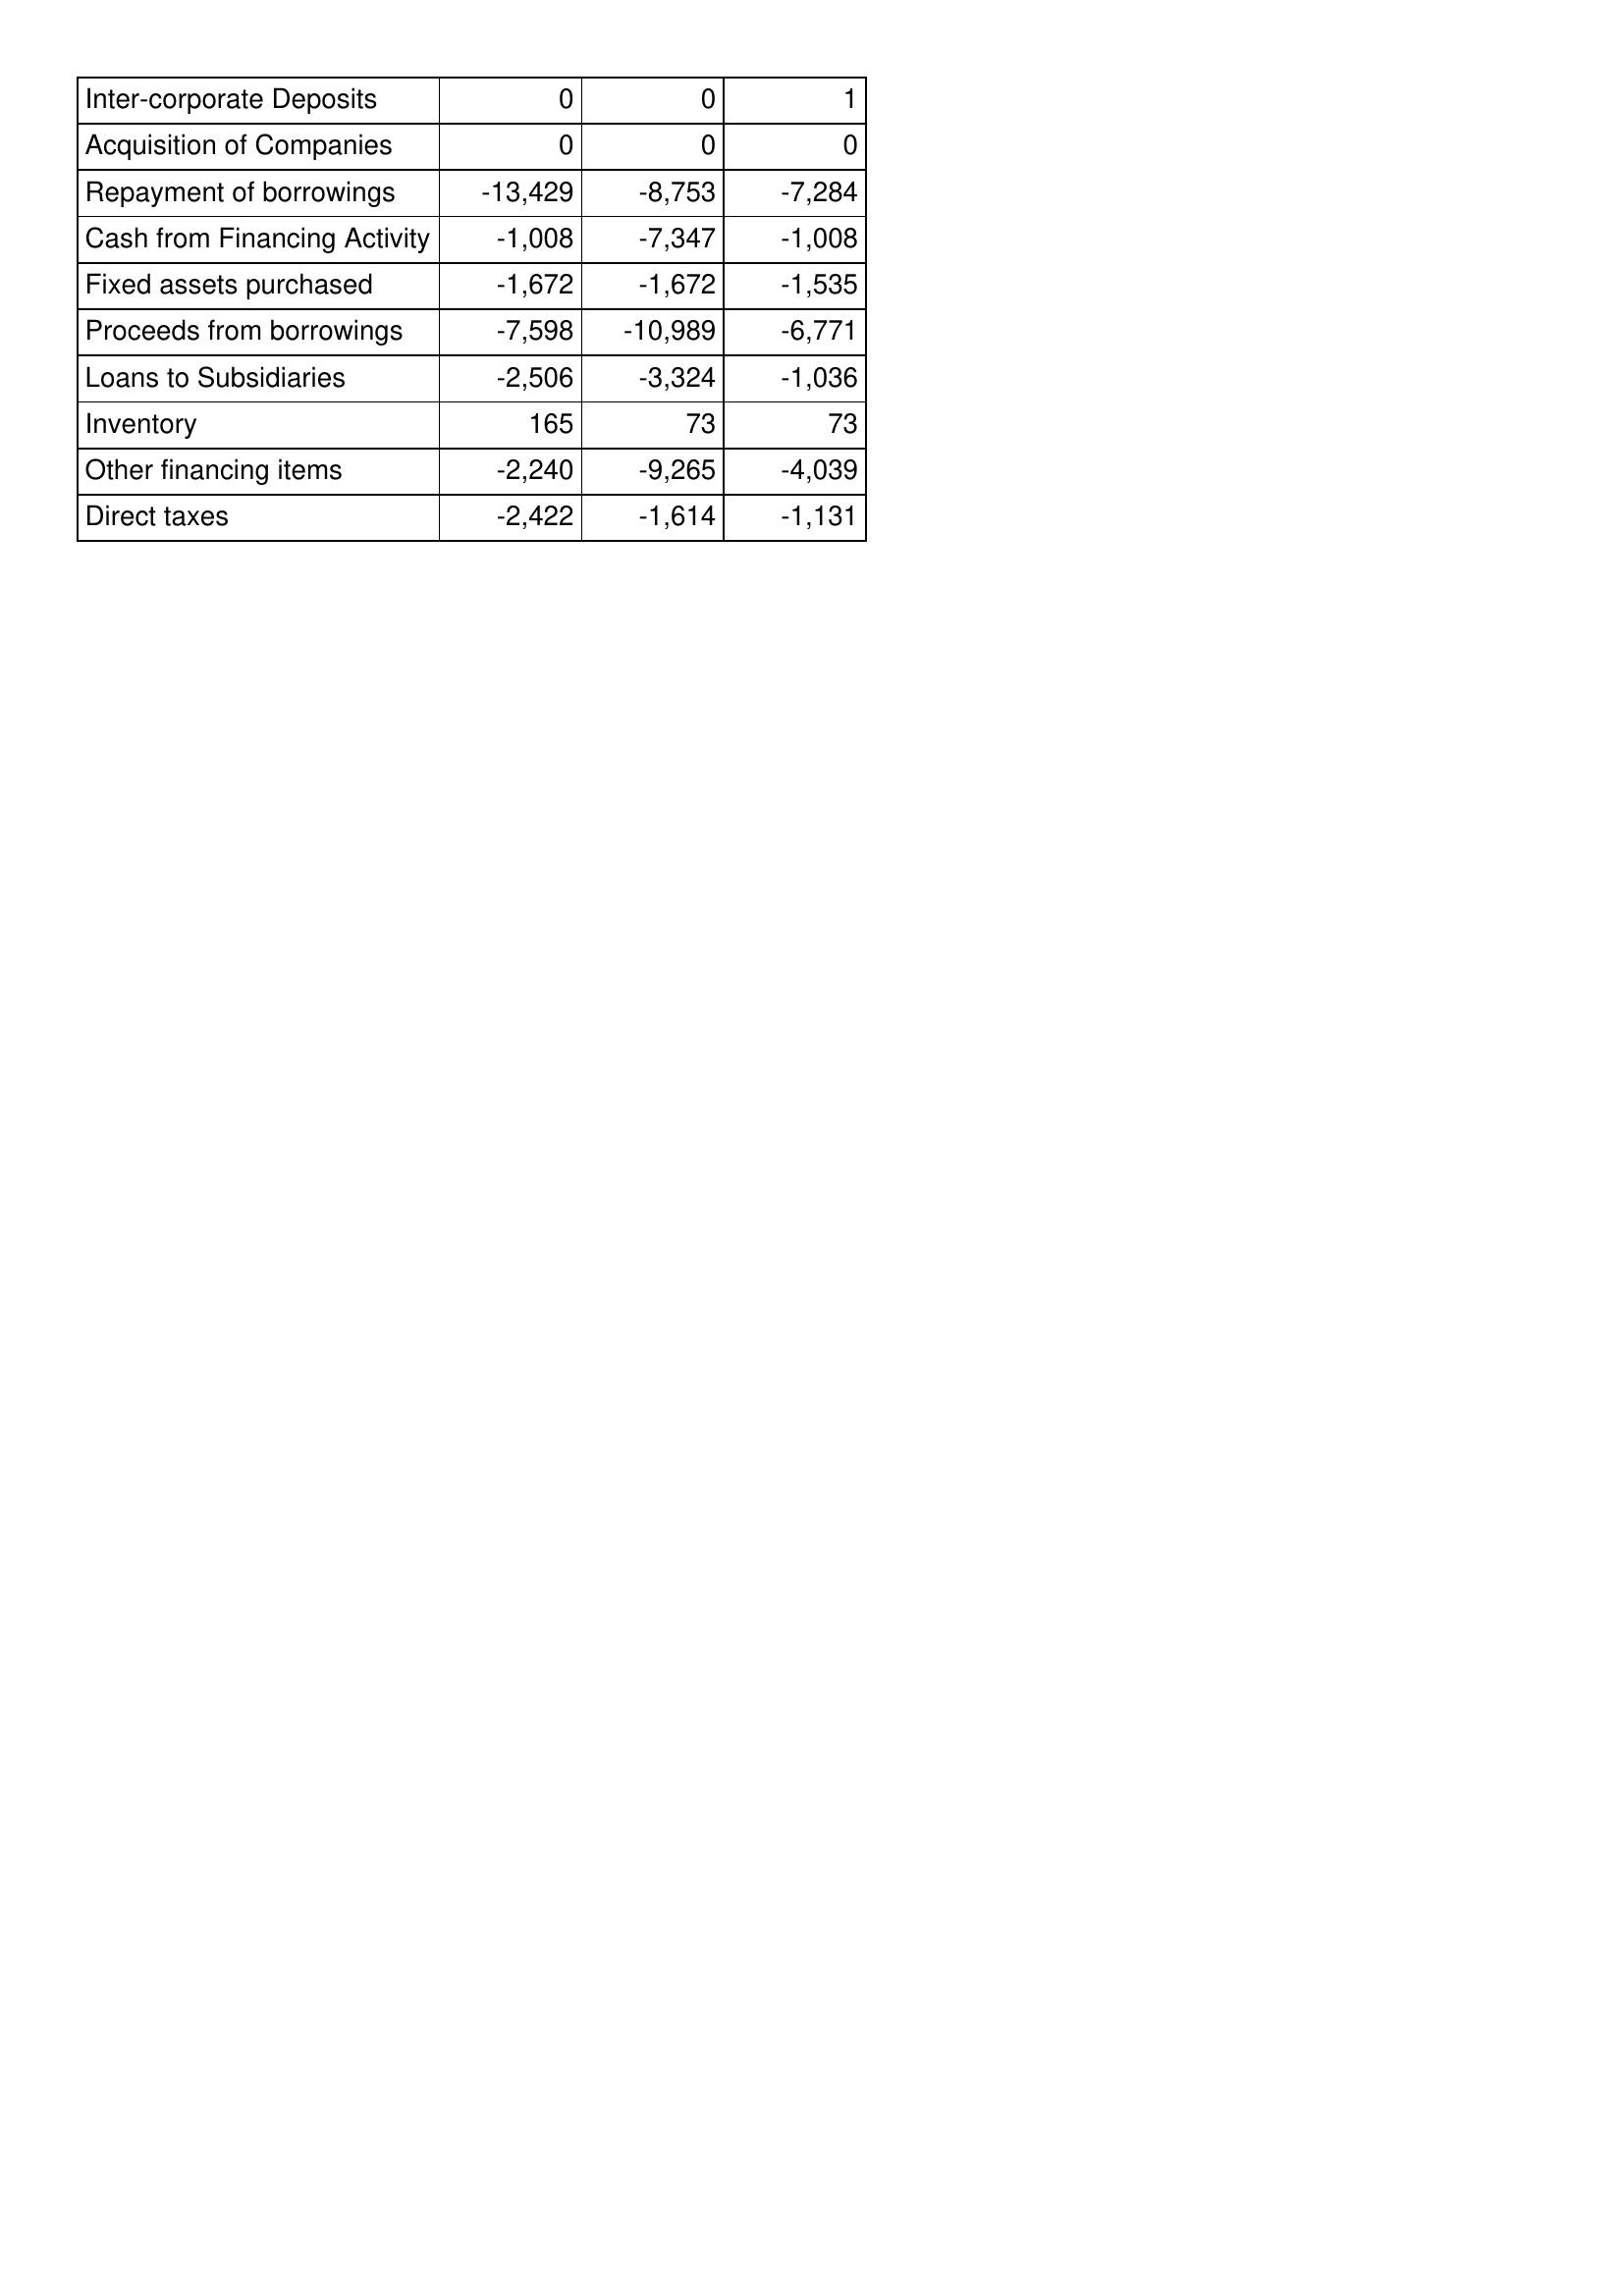
Jun-10: Cash Flows: Inter-corporate Deposits: 0
Acquisition of Companies: 0
Repayment of borrowings: -13,429
Cash from Financing Activity: -1,008
Fixed assets purchased: -1,672
Proceeds from borrowings: -7,598
Loans to Subsidiaries: -2,506
Inventory: 165
Other financing items: -2,240
Direct taxes: -2,422
Jun-09: Cash Flows: Inter-corporate Deposits: 0
Acquisition of Companies: 0
Repayment of borrowings: -8,753
Cash from Financing Activity: -7,347
Fixed assets purchased: -1,672
Proceeds from borrowings: -10,989
Loans to Subsidiaries: -3,324
Inventory: 73
Other financing items: -9,265
Direct taxes: -1,614
Jun-08: Cash Flows: Inter-corporate Deposits: 1
Acquisition of Companies: 0
Repayment of borrowings: -7,284
Cash from Financing Activity: -1,008
Fixed assets purchased: -1,535
Proceeds from borrowings: -6,771
Loans to Subsidiaries: -1,036
Inventory: 73
Other financing items: -4,039
Direct taxes: -1,131